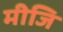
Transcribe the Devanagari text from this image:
मीजि